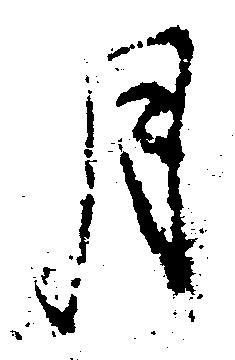
月